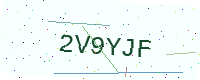
Text: 2V9YJF